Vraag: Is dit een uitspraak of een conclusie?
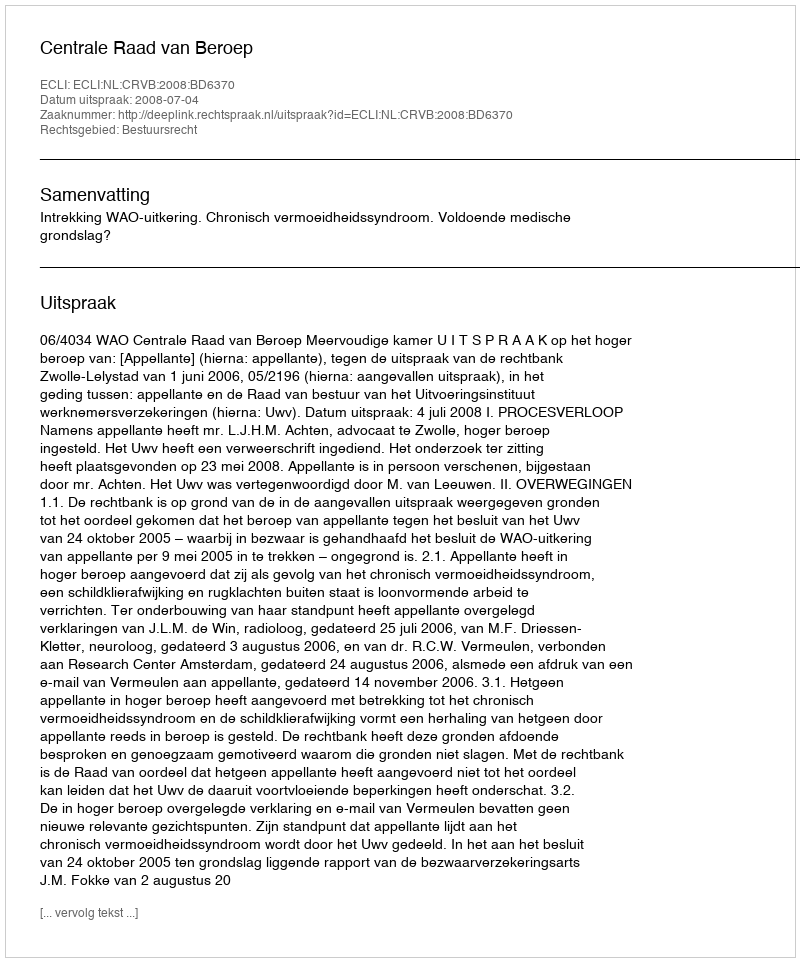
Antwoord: Uitspraak